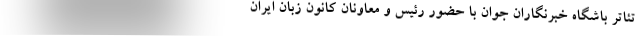
تئاتر باشگاه خبرنگاران جوان با حضور رئیس و معاونان کانون زبان ایران